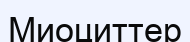
Миоциттер